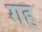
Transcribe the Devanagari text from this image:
गह